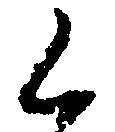
く